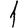
Digit: 1